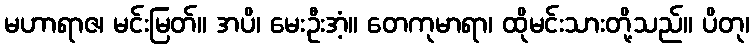
မဟာရာဇ၊ မင်းမြတ်။ အပိ၊ မေးဦးအံ့။ တေကုမာရာ၊ ထိုမင်းသားတို့သည်။ ပိတု၊